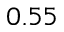
0 . 5 5